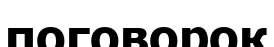
поговорок